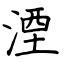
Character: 湮